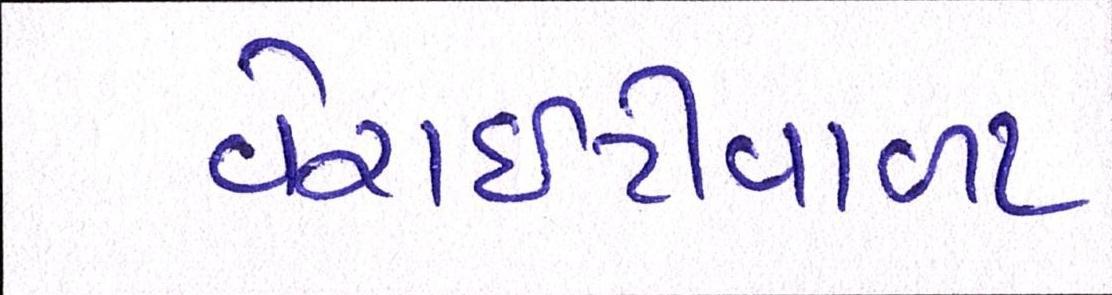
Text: વેરાઇટીવાળા